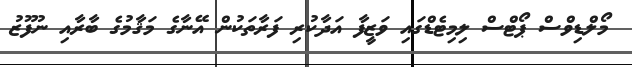
މޯލްޑިވްސް ޕޯޓްސް ލިމިޓެޑްގައި ވަޒީފާ އަދާކުރި ފަރާތަކުން އޭނާގެ މަޤާމުގެ ބާރާއި ނުފޫޒު